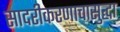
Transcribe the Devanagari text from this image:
सादरीकरणाचासुद्धा